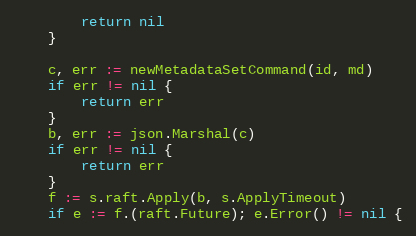
Language: Go
		return nil
	}

	c, err := newMetadataSetCommand(id, md)
	if err != nil {
		return err
	}
	b, err := json.Marshal(c)
	if err != nil {
		return err
	}
	f := s.raft.Apply(b, s.ApplyTimeout)
	if e := f.(raft.Future); e.Error() != nil {